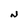
Character: N